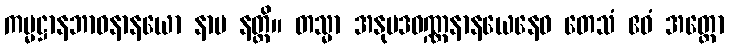
ကမ္မဋ္ဌာနဘာဝနာနယော နာမ နတ္ထိ။ တသ္မာ အနုပဒဝဏ္ဏနာနယေနေဝ တေသံ ဧဝံ အတ္ထော